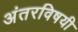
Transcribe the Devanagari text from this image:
अंतरविषयी